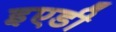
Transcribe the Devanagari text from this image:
इएडी